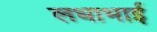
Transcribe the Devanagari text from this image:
लधाभाई